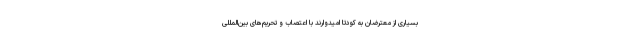
بسیاری از معترضان به کودتا امیدوارند با اعتصاب و تحریم‌های بین‌المللی